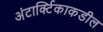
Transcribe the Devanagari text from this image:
अंटार्क्टिकाकडील